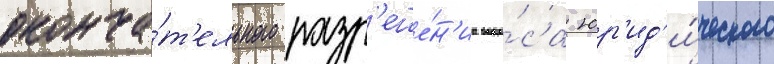
оконча́т'ельного разр'еше́н'иа вопро́са юр'ид'и́ческого